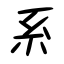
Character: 系